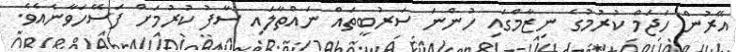
އޭރުން ހަޖަމް ކުރުމުގެ ނިޒާމްގައި ހުންނަ ސަރުބީތައް ނައްތާލައި ސާފު ކުރުމަށް ފަސޭހަވާނެއެވެ.